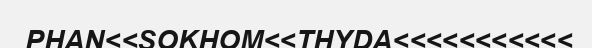
PHAN<<SOKHOM<<THYDA<<<<<<<<<<<